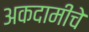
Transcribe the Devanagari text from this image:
अकदामीचे